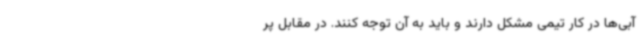
آبی‌ها در کار تیمی مشکل دارند و باید به آن توجه کنند. در مقابل پر